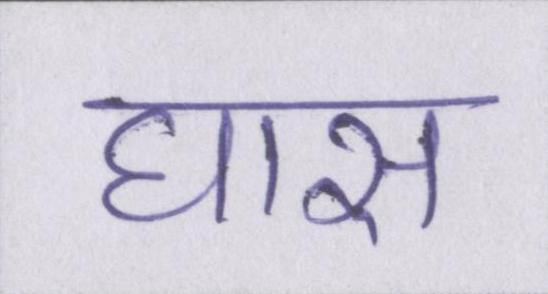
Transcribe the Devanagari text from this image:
घास